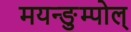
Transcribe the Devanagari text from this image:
मयन्ङुम्पोल्